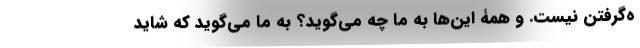
ه‌گرفتن نیست. و همۀ این‌ها به ما چه می‌گوید؟ به ما می‌گوید که شاید